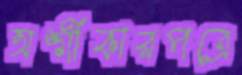
অঙ্গীকারপত্রে